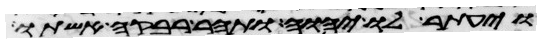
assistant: ויעתר לו יהוה ותהר רבקה אשתו